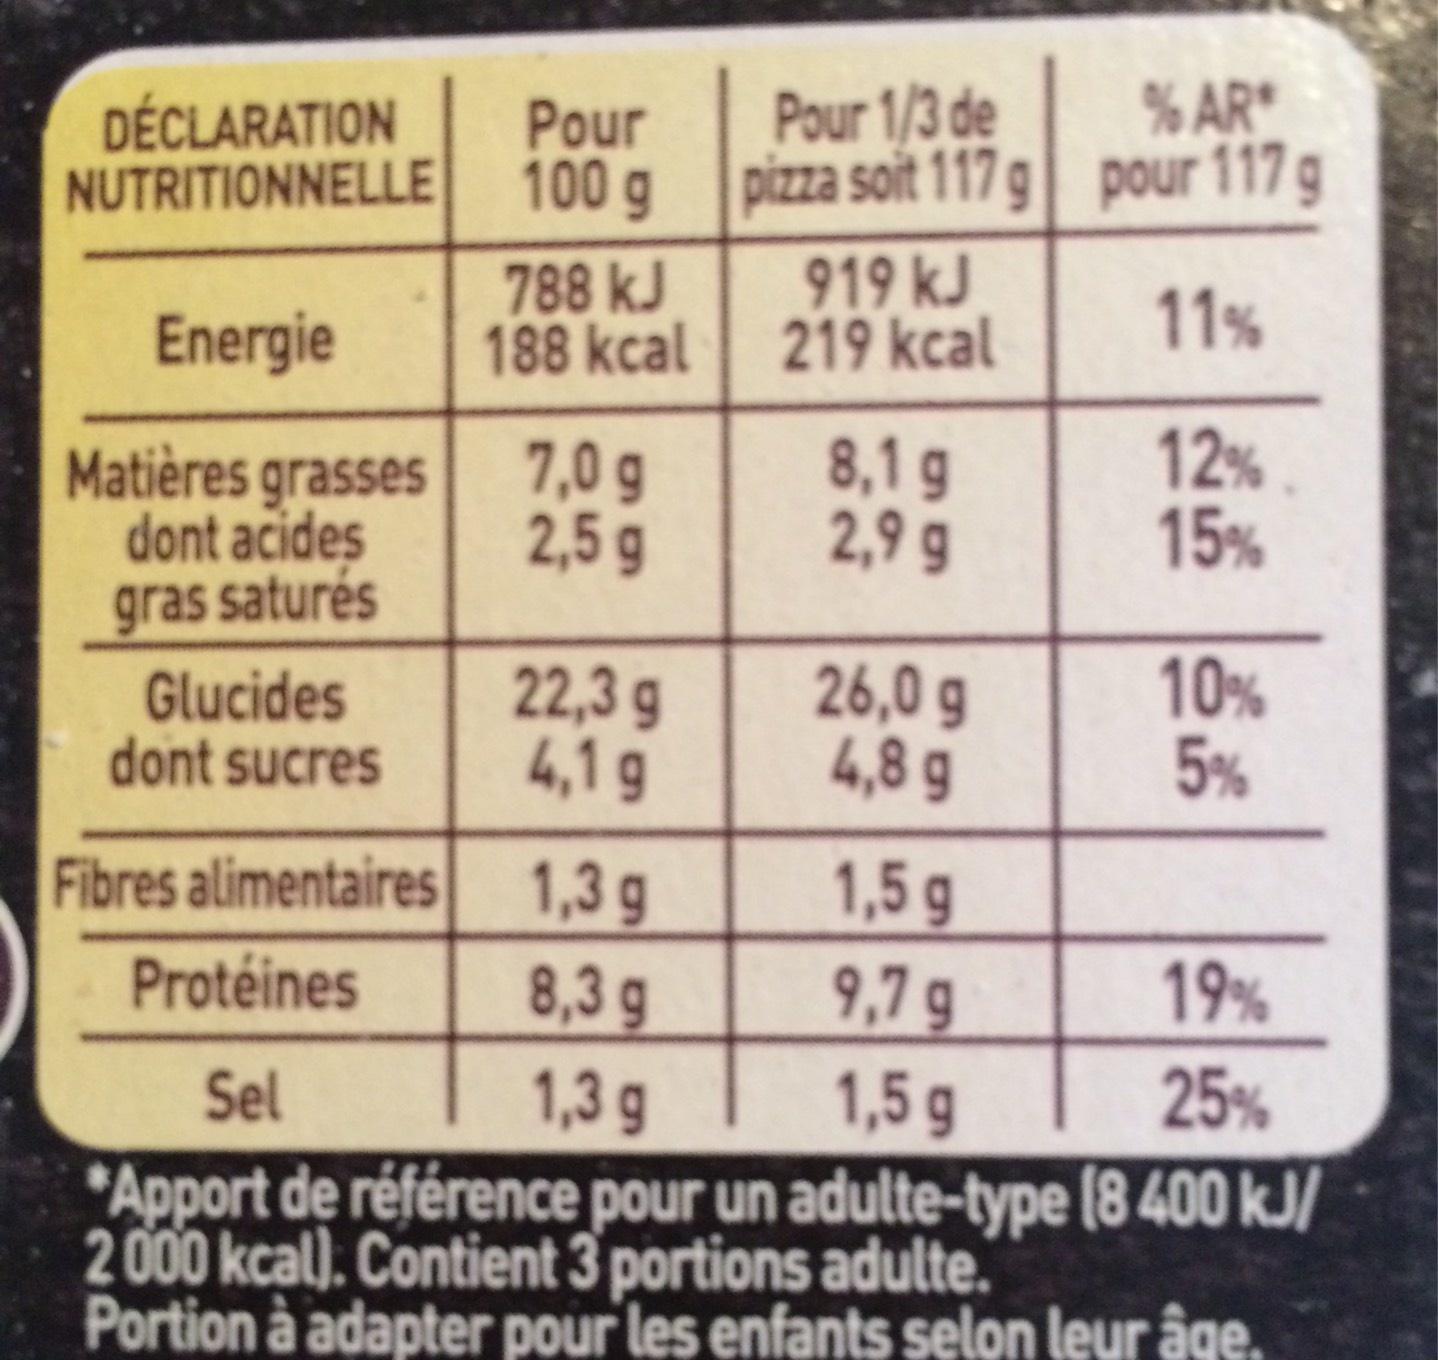
DÉCLARATION NUTRITIONNELLE
Energie
Matières grasses dont acides gras saturés
Glucides
dont sucres
Pour 100 g
788 kJ
188 kcal
7,0 g
2,5 g
22,3 g
4,1g
Pour 1/3 de
pizza soit 117g
919 kJ
219 kcal
8,1 g
2,9 g
26,0 g
4,8 g
% AR* pour 117 g
11%
12%
15%
10%
5%
Fibres alimentaires
1,3 g
1,5 g
Protéines
8,3 g
9,7 g
19%
Sel
1,3 g
1,5 g
25%
Apport de référence pour un adulte-type (8 400 kJ/ 2000 kcal). Contient 3 portions adulte. Portion à adapter pour les enfants selon leur âge,